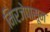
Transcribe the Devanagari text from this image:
मिरजेपासून